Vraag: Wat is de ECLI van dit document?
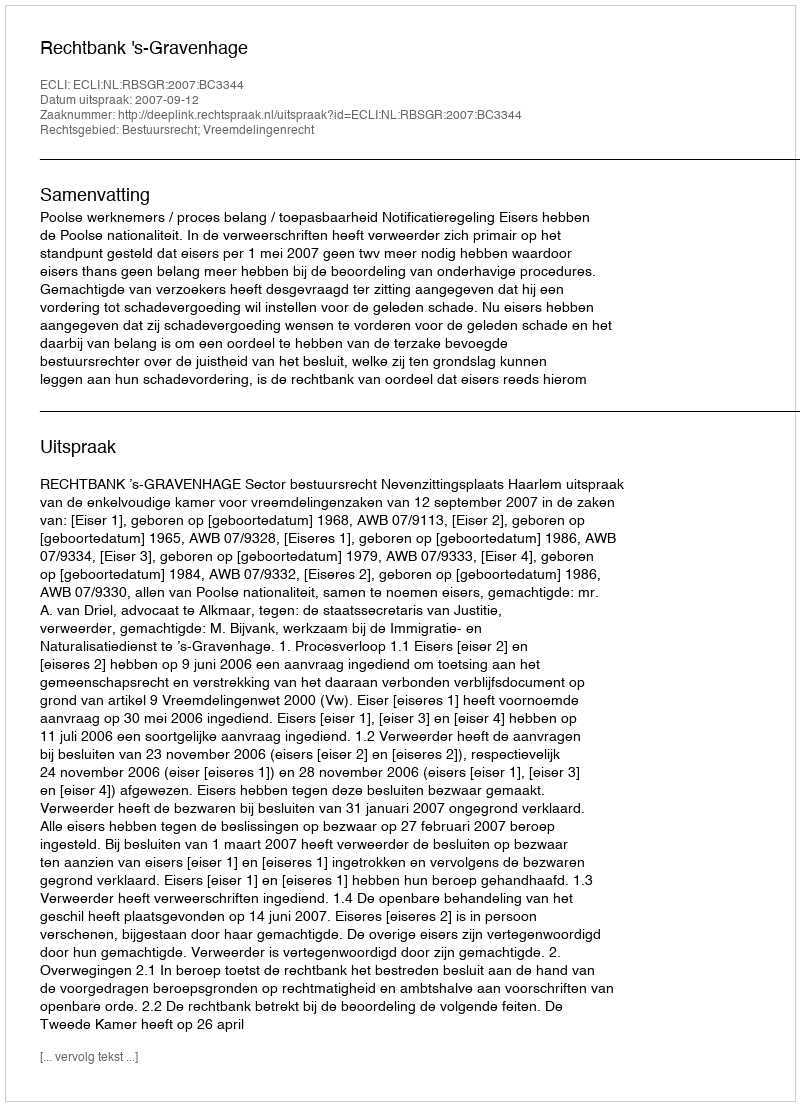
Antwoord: ECLI:NL:RBSGR:2007:BC3344